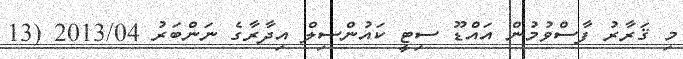
މި ޤަރާރު ފާސްވުމުން އައްޑޫ ސިޓީ ކައުންސިލް އިދާރާގެ ނަންބަރު 2013/04 (13